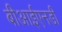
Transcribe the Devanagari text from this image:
बीआईएनडी